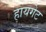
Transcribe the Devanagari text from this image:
हायगेट